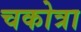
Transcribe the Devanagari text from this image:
चकोत्रा